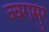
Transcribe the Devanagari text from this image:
ज्वरासुर